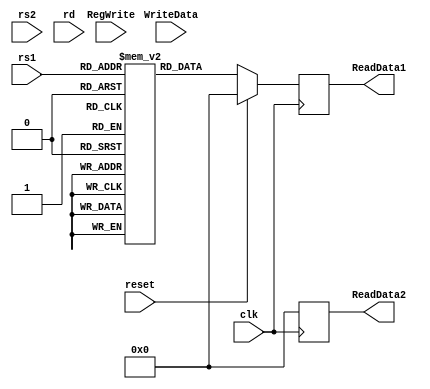
module registerFile
(
  input [63:0] WriteData,
  input [4:0] rs1,
  input [4:0] rs2,
  input [4:0] rd,
  input RegWrite,
  input clk,
  input reset,
  output reg [63:0] ReadData1,
  output reg [63:0] ReadData2
);

  reg [63:0] Register [31:0];
  initial
  begin
  Register[0]<=64'd0;
  Register[1]<=64'd1;
  Register[2]<=64'd2;
  Register[3]<=64'd3;
  Register[4]<=64'd4;
  Register[5]<=64'd5;
  Register[6]<=64'd6;
  Register[7]<=64'd7;
  Register[8]<=64'd8;
  Register[9]<=64'd9;
  Register[10]<=64'd10;
  Register[11]<=64'd11;
  Register[12]<=64'd12;
  Register[13]<=64'd13;
  Register[14]<=64'd14;
  Register[15]<=64'd15;
  Register[16]<=64'd16;
  Register[17]<=64'd17;
  Register[18]<=64'd18;
  Register[19]<=64'd19;
  Register[20]<=64'd20;
  Register[21]<=64'd21;
  Register[22]<=64'd22;
  Register[23]<=64'd23;
  Register[24]<=64'd24;
  Register[25]<=64'd25;
  Register[26]<=64'd26;
  Register[27]<=64'd27;
  Register[28]<=64'd28;
  Register[29]<=64'd29;
  Register[30]<=64'd30;
  Register[31]<=64'd31;
  end
  
  always @ (posedge clk)
  begin
    if (reset==0)
      begin
        ReadData1<= Register[rs1];
        ReadData2<= Register[rs2];
      end
    else
      ReadData1<=0;
      ReadData2<=0;
  end

endmodule